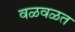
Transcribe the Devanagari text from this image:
वळवळत